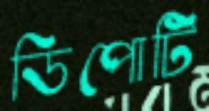
ডিপোটি